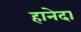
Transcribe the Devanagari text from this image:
हानेदा